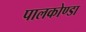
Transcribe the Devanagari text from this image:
पालकोण्डा